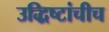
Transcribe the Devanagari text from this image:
उद्धिष्टांचीच